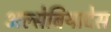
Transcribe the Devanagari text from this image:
अल्सेबियादेस